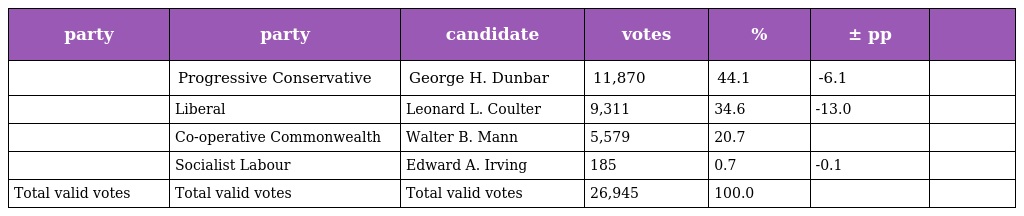
| party | party | candidate | votes | % | ± pp |  |
 | --- | --- | --- | --- | --- | --- | --- |
 |  | Progressive Conservative | George H. Dunbar | 11,870 | 44.1 | -6.1 |  |
 |  | Liberal | Leonard L. Coulter | 9,311 | 34.6 | -13.0 |  |
 |  | Co-operative Commonwealth | Walter B. Mann | 5,579 | 20.7 |  |  |
 |  | Socialist Labour | Edward A. Irving | 185 | 0.7 | -0.1 |  |
 | Total valid votes | Total valid votes | Total valid votes | 26,945 | 100.0 |  |  |